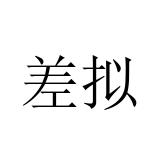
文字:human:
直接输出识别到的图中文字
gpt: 差拟